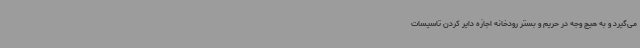
می‌گیرد و به هیچ وجه در حریم و بستر رودخانه اجازه دایر کردن تاسیسات